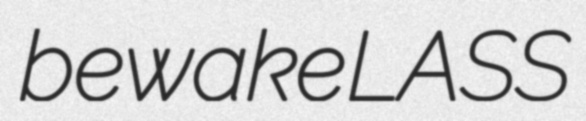
bewake LASS